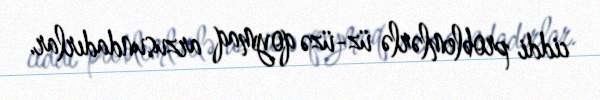
ciddi problemlərlə üz-üzə qoymaq arzusundadırlar.